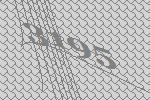
3195